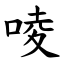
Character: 㖫